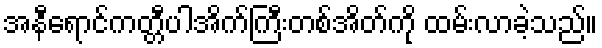
အနီရောင်ကတ္တီပါအိက်ကြီးတစ်အိတ်ကို ထမ်းလာခဲ့သည်။